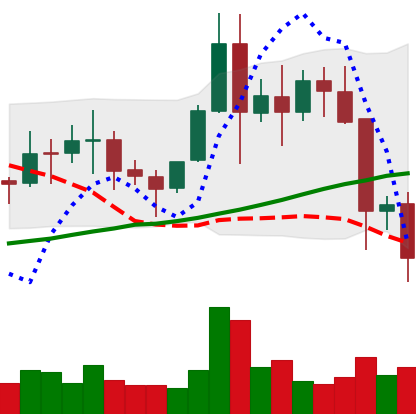
Ticker: EOS-USD
Chart end date: 2021-11-18
Forward return: 3.516%
Label: up_3_5